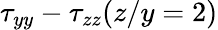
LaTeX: \tau_{yy}-\tau_{zz}(z/y=2)